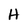
Character: H